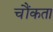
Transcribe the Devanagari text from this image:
चौंकता